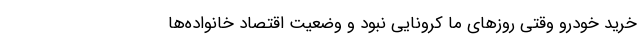
خرید خودرو وقتی روزهای ما کرونایی نبود و وضعیت اقتصاد خانواده‌ها